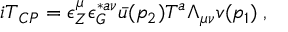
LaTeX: { i \cal T } _ { C P } = \epsilon _ { Z } ^ { \mu } \epsilon _ { G } ^ { * a \nu } { \bar { u } } ( p _ { 2 } ) T ^ { a } \Lambda _ { \mu \nu } v ( p _ { 1 } ) \; ,